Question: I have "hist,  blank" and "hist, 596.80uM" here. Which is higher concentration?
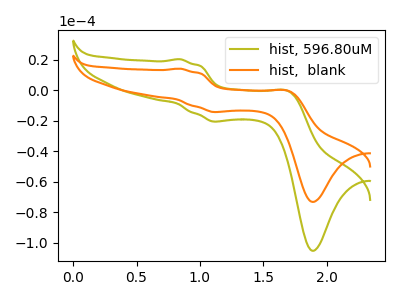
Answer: <think>The olive curve "hist, 596.80uM" has anodic peaks at (0.85V, 20.35uA) (1.70V, -0.90uA) and cathodic peaks at (1.15V, -20.50uA) (1.90V, -105.30uA). The orange curve "hist,  blank" has anodic peaks at (0.85V, 14.15uA) (1.70V, -0.65uA) and cathodic peaks at (1.15V, -14.25uA) (1.90V, -73.25uA).
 All the peaks in "hist,  blank" have a peak in "hist, 596.80uM" at the same potential.</think>
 <answer>I cant tell if "hist,  blank" or "hist, 596.80uM" has higher concentration.</answer>
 <eval>mixed_concentration</eval>